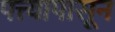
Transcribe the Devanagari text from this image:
पत्त्यापासून